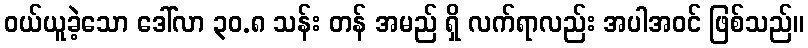
ဝယ်ယူခဲ့သော ဒေါ်လာ ၃၀.၈ သန်း တန် အမည် ရှိ လက်ရာလည်း အပါအဝင် ဖြစ်သည်။